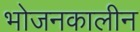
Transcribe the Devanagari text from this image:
भोजनकालीन